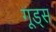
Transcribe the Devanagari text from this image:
गूड्स